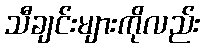
သီချင်းများကိုလည်း